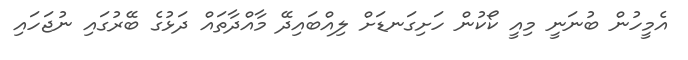
އެމީހުން ބުނަނީ މިއީ ކޯކުން ހަށިގަނޑަށް ލިއްބައިދޭ މާއްދާތައް ދަޅުގެ ބޭރުގައި ނުޖަހައި